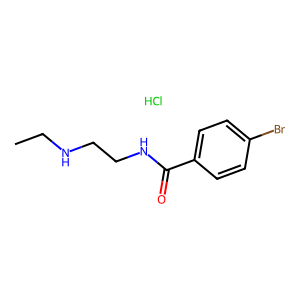
SMILES: CCNCCNC(=O)c1ccc(Br)cc1.Cl
Inhibits HIV replication: No